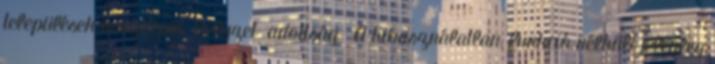
települések összképét. Helyzet adottság ▪A kihasználatlan, funkció nélküli jelenleg